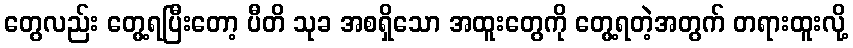
တွေလည်း တွေ့ရပြီးတော့ ပီတိ သုခ အစရှိသော အထူးတွေကို တွေ့ရတဲ့အတွက် တရားထူးလို့